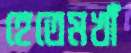
হেতেমখাঁ